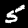
Digit: 5